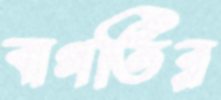
বাগতির